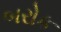
બરોક